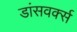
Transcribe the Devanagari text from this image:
डांसवर्क्स